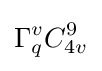
\Gamma _{q}^{v}C_{4v}^{9}